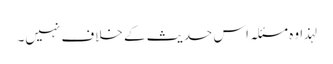
لہذا وہ مسئلہ اس حدیث کے خلاف نہیں۔